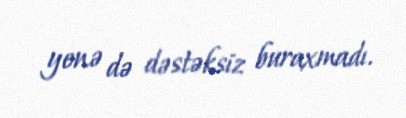
yenə də dəstəksiz buraxmadı.